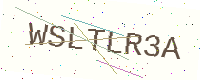
Text: WSLTLR3A